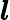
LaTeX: \boldsymbol{l}